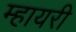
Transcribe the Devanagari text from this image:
म्हायरी